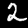
Label: 2